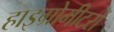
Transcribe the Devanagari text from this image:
हाइग्रोमीटरों